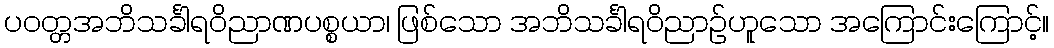
ပဝတ္တအဘိသင်္ခါရဝိညာဏပစ္စယာ၊ ဖြစ်သော အဘိသင်္ခါရဝိညာဉ်ဟူသော အကြောင်းကြောင့်။